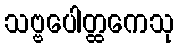
သဗ္ဗပေါတ္ထကေသု